Indian journal of veterinary science and animal husbandry - Volume 14,
Year: 1944
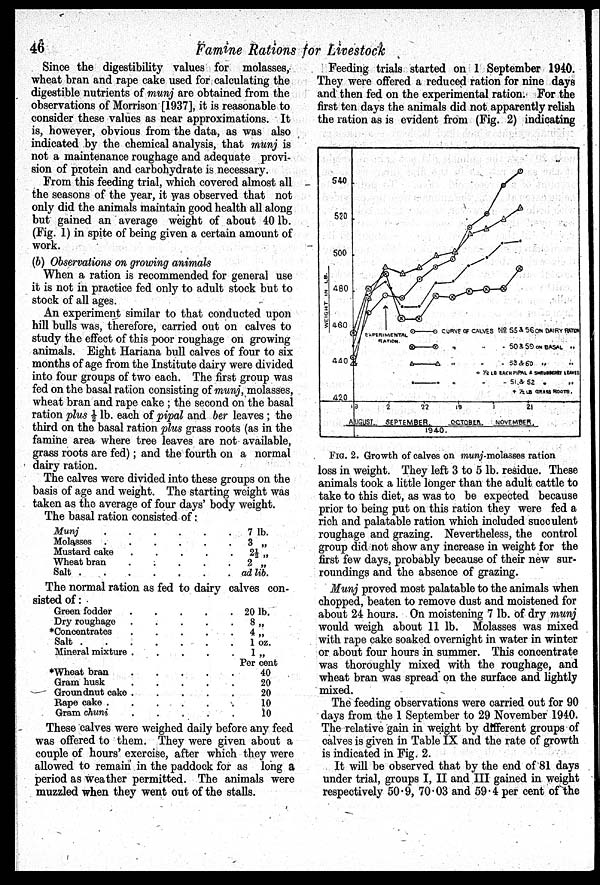
46
Famine Rations for Livestock
Since the digestibility values for molasses,
wheat bran and rape cake used for calculating the
digestible nutrients of munj are obtained from the
observations of Morrison [1937], it is reasonable to
consider these values as near approximations. It
is, however, obvious from the data, as was also
indicated by the chemical analysis, that munj is
not a maintenance roughage and adequate provi-
sion of protein and carbohydrate is necessary.
From this feeding trial, which covered almost all
the seasons of the year, it was observed that not
only did the animals maintain good health all along
but gained an average weight of about 40 lb.
(Fig. 1) in spite of being given a certain amount of
work.
(b) Observations on growing animals
When a ration is recommended for general use
it is not in practice fed only to adult stock but to
stock of all ages.
An experiment similar to that conducted upon
hill bulls was, therefore, carried out on calves to
study the effect of this poor roughage on growing
animals. Eight Hariana bull calves of four to six
months of age from the Institute dairy were divided
into four groups of two each. The first group was
fed on the basal ration consisting of munj, molasses,
wheat bran and rape cake ; the second on the basal
ration plus ½ lb. each of pipal and ber leaves ; the
third on the basal ration plus grass roots (as in the
famine area where tree leaves are not available,
grass roots are fed); and the fourth on a normal
dairy ration.
The calves were divided into these groups on the
basis of age and weight. The starting weight was
taken as the average of four days' body weight.
The basal ration consisted of:
Munj
.
.
.
.
.
.
.
Molasses . . . . . .
Mustard cake
.
.
.
.
.
Wheat bran
.
.
.
.
.
Salt
.
.
.
.
.
.
.
7 lb.
3 „
2½ „
2 „
ad lib.
The normal ration as fed to dairy calves con-
sisted of :
Green fodder . . . . .
Dry roughage
.
.
.
.
.
*Concentrates
.
.
.
.
.
Salt
.
.
.
.
.
.
.
Mineral mixture
.
.
.
.
.
*Wheat bran . . . . .
Gram husk
.
.
.
.
.
Groundnut cake
.
.
.
.
.
Rape cake
.
.
.
.
.
.
Gram chuni
.
.
.
.
.
20 lb.
8 „
4 „
1 oz.
1 „
Per cent
40
20
20
10
10
These calves were weighed daily before any feed
was offered to them. They were given about a
couple of hours' exercise, after which they were
allowed to remain in the paddock for as long a
period as weather permitted. The animals were
muzzled when they went out of the stalls.
Feeding trials started on 1 September 1940.
They were offered a reduced ration for nine days
and then fed on the experimental ration. For the
first ten days the animals did not apparently relish
the ration as is evident from (Fig. 2) indicating
loss in weight. They left 3 to 5 lb. residue. These
animals took a little longer than the adult cattle to
take to this diet, as was to be expected because
prior to being put on this ration they were fed a
rich and palatable ration which included succulent
roughage and grazing. Nevertheless, the control
group did not show any increase in weight for the
first few days, probably because of their new sur-
roundings and the absence of grazing.
Munj proved most palatable to the animals when
chopped, beaten to remove dust and moistened for
about 24 hours. On moistening 7 lb. of dry munj
would weigh about 11 lb. Molasses was mixed
with rape cake soaked overnight in water in winter
or about four hours in summer. This concentrate
was thoroughly mixed with the roughage, and
wheat bran was spread on the surface and lightly
mixed.
The feeding observations were carried out for 90
days from the 1 September to 29 November 1940.
The relative gain in weight by different groups of
calves is given in Table IX and the rate of growth
is indicated in Fig. 2.
It will be observed that by the end of 81 days
under trial, groups I, II and III gained in weight
respectively 50.9, 70.03 and 59.4 per cent of the
FIG. 2. Growth of calves on munj-molasses ration